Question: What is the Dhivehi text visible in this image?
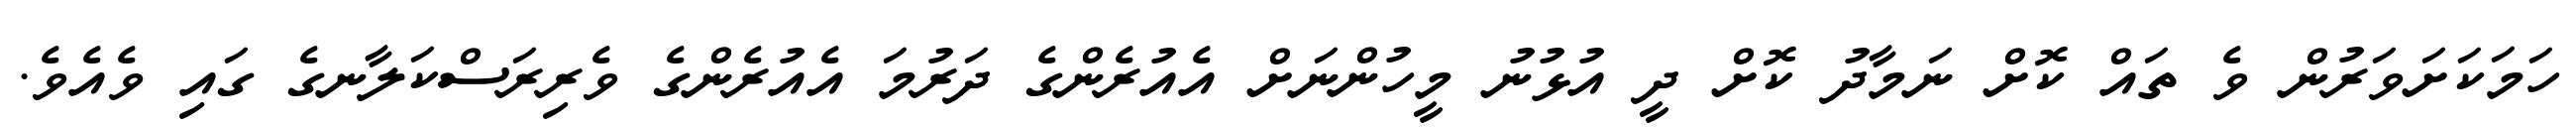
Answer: ހަމަކަށަވަރުން ވެ ތައް ކޮށް ނަމާދު ކޮށް ދީ އުޅުނު މީހުންނަށް އެއުރެންގެ ދަރުމަ އެއުރެންގެ ވެރިރަސްކަލާނގެ ގައި ވެއެވެ.